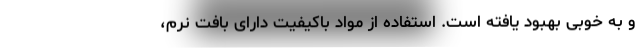
و به خوبی بهبود یافته است. استفاده از مواد باکیفیت دارای بافت نرم،